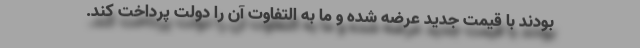
بودند با قیمت جدید عرضه شده و ما به التفاوت آن را دولت پرداخت کند.